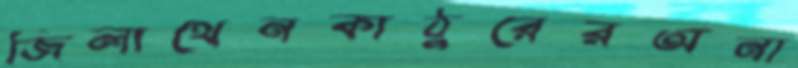
জিলাথেনকাঠুরেরঅনা